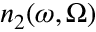
n _ { 2 } ( \omega , \Omega )